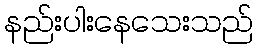
နည်းပါးနေသေးသည်